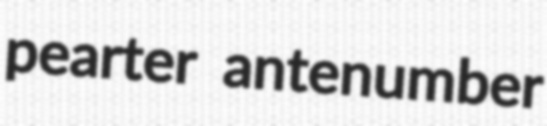
pearter antenumber